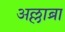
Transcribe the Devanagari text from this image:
अल्लाब्रा